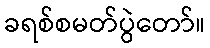
ခရစ်စမတ်ပွဲတော်။